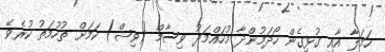
ހަމަލާ އާއި ގުޅިގެން ހޯދަމުންދާ މުހައްމަދު ވިސާމް (ވިޝް) ކަމަށް ތުހުމަތު ކުރެވޭ